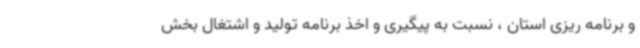
و برنامه ریزی استان ، نسبت به پیگیری و اخذ برنامه تولید و اشتغال بخش